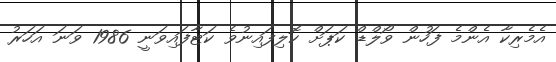
އެމެރިކާ އެންމެ ފަހުން ވޯލްޑް ކަޕަށް ކޮލިފައިނުވެ ކަޓާފައިވަނީ 1986 ވަނަ އަހަރު